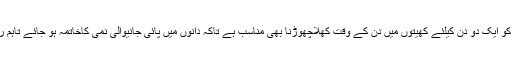
انہوںنے کہاکہ اگر موسم گرم وخشک ہو تو گہائی کے بعد گندم کو ایک دو دن کیلئے کھیتوں میں دن کے وقت کھلاچھوڑنا بھی مناسب ہے تاکہ دانوں میں پائی جانیوالی نمی کاخاتمہ ہو جائے تاہم رات کے وقت اسے ترپال یاپلاسٹک شیٹ سے ڈھانپ دینا چاہیے۔